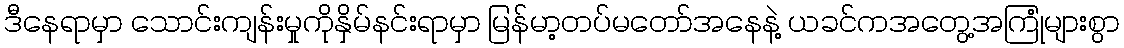
ဒီနေရာမှာ သောင်းကျန်းမှုကိုနှိမ်နင်းရာမှာ မြန်မာ့တပ်မတော်အနေနဲ့ ယခင်ကအတွေ့အကြုံများစွာ